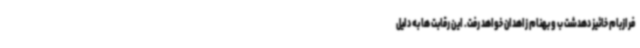
فرازبام خائیز دهدشت ب و بهنام زاهدان خواهد رفت. این رقابت ها به دلیل